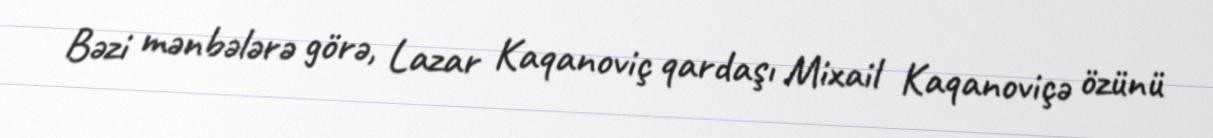
Bəzi mənbələrə görə, Lazar Kaqanoviç qardaşı Mixail Kaqanoviçə özünü